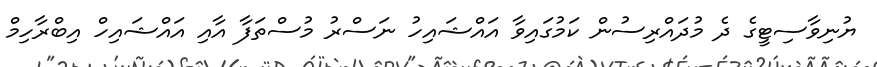
ޔުނިވާސިޓީގެ ދެ މުދައްރިސުން ކަމުގައިވާ އައްޝައިހު ނަސްރު މުސްތަފާ އާއި އައްޝައިހް އިބްރާހިމް